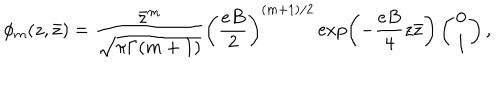
\phi _ { m } ( z , \bar { z } ) = \frac { \bar { z } ^ { m } } { \sqrt { \pi \Gamma ( m + 1 ) } } \left( \frac { e B } { 2 } \right) ^ { ( m + 1 ) / 2 } \exp \left( - \frac { e B } { 4 } z \bar { z } \right) \left( \begin{matrix} { { 0 } } \\ { { 1 } } \\ \end{matrix} \right) ,